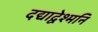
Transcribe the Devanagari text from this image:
दद्याद्वेश्मनि